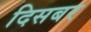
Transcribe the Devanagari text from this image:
दिसबर